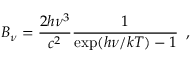
B _ { \nu } = { \frac { 2 h \nu ^ { 3 } } { c ^ { 2 } } } { \frac { 1 } { \exp ( h \nu / k T ) - 1 } } \, \, \, ,